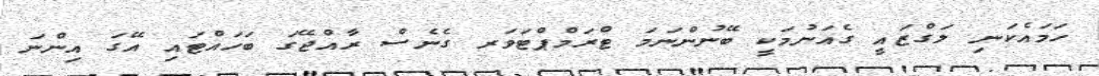
ހަމައެކަނި ލަގްޒައީ ގެއަނުމަކީ ބޭނުންނަމަ ޓްރަމްޕްޓަވަރ ގެނެސް ރާއްޖޭގަ ބަހައްޓައި އޭގަ އިންނަ